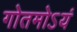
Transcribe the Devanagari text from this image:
गोतमोऽयं